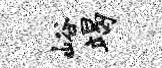
峪竭